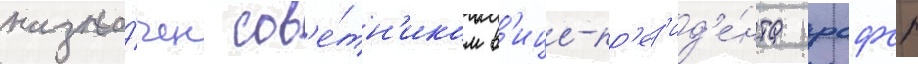
назна́чен сов'е́тн'иком в'ице-пр'ез'ид'е́нта рсфср